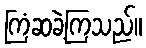
ကြံဆခဲ့ကြသည်။